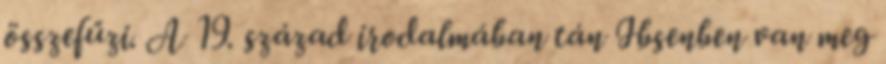
összefűzi. A 19. század irodalmában tán Ibsenben van meg